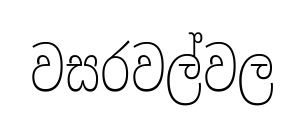
වසරවල්වල